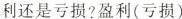
利还是亏损?盈利(亏损)